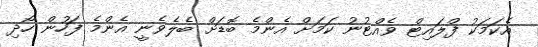
އެކަމަކު ފްލައިޓް ވެއްޓުނު ކަމަށް އެންމެ ބޮޑަށް ބެލެވެނީ އެންމެ ފަހުން ހޯދި